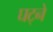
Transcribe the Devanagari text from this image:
घट्ने